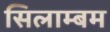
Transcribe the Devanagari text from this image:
सिलाम्बम